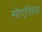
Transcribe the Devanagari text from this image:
मोएसिया